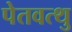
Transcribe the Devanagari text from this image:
पेतवत्थु